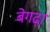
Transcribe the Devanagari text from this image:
बेगढ़ा